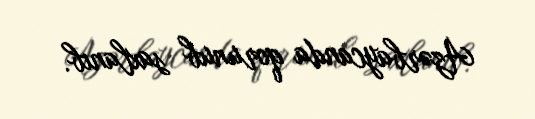
Azərbaycanda qorunub saxlanıb.